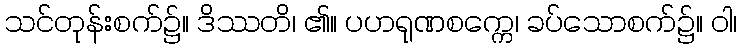
သင်တုန်းစက်၌။ ဒိဿတိ၊ ၏။ ပဟရုဏစက္ကေ၊ ခပ်သောစက်၌။ ဝါ၊